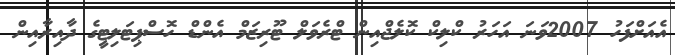
އެއަށްފަހު 2007ވަނަ އަހަރު ކްލިކް ކޮލެޖްއިން ޓްރެވަލް ޓޫރިޒަމް އެންޑް ހޮސްޕިޓަލިޓީގެ ދާއިރާއިން